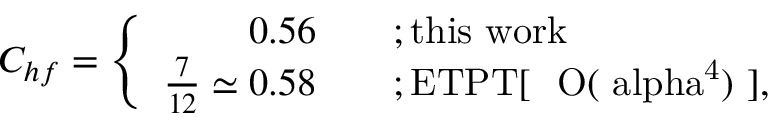
C _ { h f } = \left\{ \begin{array} { r l } { { 0 . 5 6 \quad } } & { { ; \mathrm { t h i s ~ w o r k } } } \\ { { \frac { 7 } { 1 2 } \simeq 0 . 5 8 \quad } } & { { ; \mathrm { E T P T [ ~ { \cal ~ O } ( \ a l p h a ^ { 4 } ) ~ ] } , } } \end{array} \right.